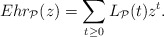
\begin{align*} Ehr_{\mathcal{P}}(z) = \sum_{t \geq 0} L_{\mathcal{P}}(t)z^t.\end{align*}